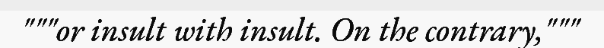
"""or insult with insult. On the contrary,"""